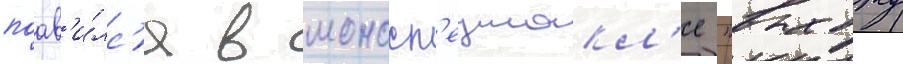
поав'и́лс'я в моносп'ектакл'е "выхожу